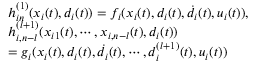
\begin{array} { r l } & { h _ { i n } ^ { ( 1 ) } ( x _ { i } ( t ) , d _ { i } ( t ) ) = f _ { i } ( x _ { i } ( t ) , d _ { i } ( t ) , \dot { d } _ { i } ( t ) , u _ { i } ( t ) ) , } \\ & { h _ { i , n - l } ^ { ( l + 1 ) } ( x _ { i 1 } ( t ) , \cdots , x _ { i , n - l } ( t ) , d _ { i } ( t ) ) } \\ & { = g _ { i } ( x _ { i } ( t ) , d _ { i } ( t ) , \dot { d } _ { i } ( t ) , \cdots , d _ { i } ^ { ( l + 1 ) } ( t ) , u _ { i } ( t ) ) } \end{array}